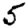
Digit: 5